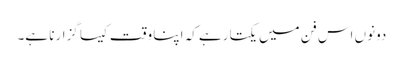
دونوں اس فن میں یکتا رہے کہ اپنا وقت کیسا گزارنا ہے۔